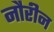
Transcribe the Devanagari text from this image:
नौरीन